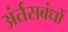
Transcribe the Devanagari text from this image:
अंर्तसबंधों